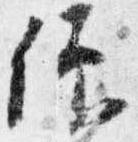
仰